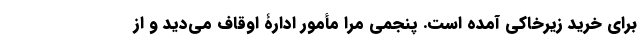
برای خرید زیرخاکی آمده است. پنجمی مرا مأمور ادارۀ اوقاف می‌دید و از